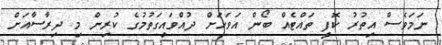
ނަމަވެސް އިތުރު ކޮފީ ތައްޓެއް ބޯން އަވަހަށް ދުއްވައިގަތުމުގެ ކުރިން މި ދިރާސާއަށް